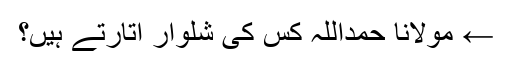
← مولانا حمداللہ کس کی شلوار اتارتے ہیں؟